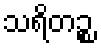
သရိတဉ္စ